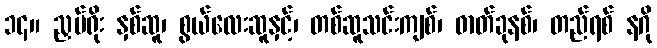
၁၄။ ညှပ်ရိုး နှစ်ဆူ၊ စွယ်လေးဆူနှင့်၊ တစ်ဆူသင်းကျစ်၊ ဓာတ်ခုနစ်၊ တည်ရစ် နဂို